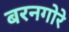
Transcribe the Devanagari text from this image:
बरनगोरे